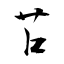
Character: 苢